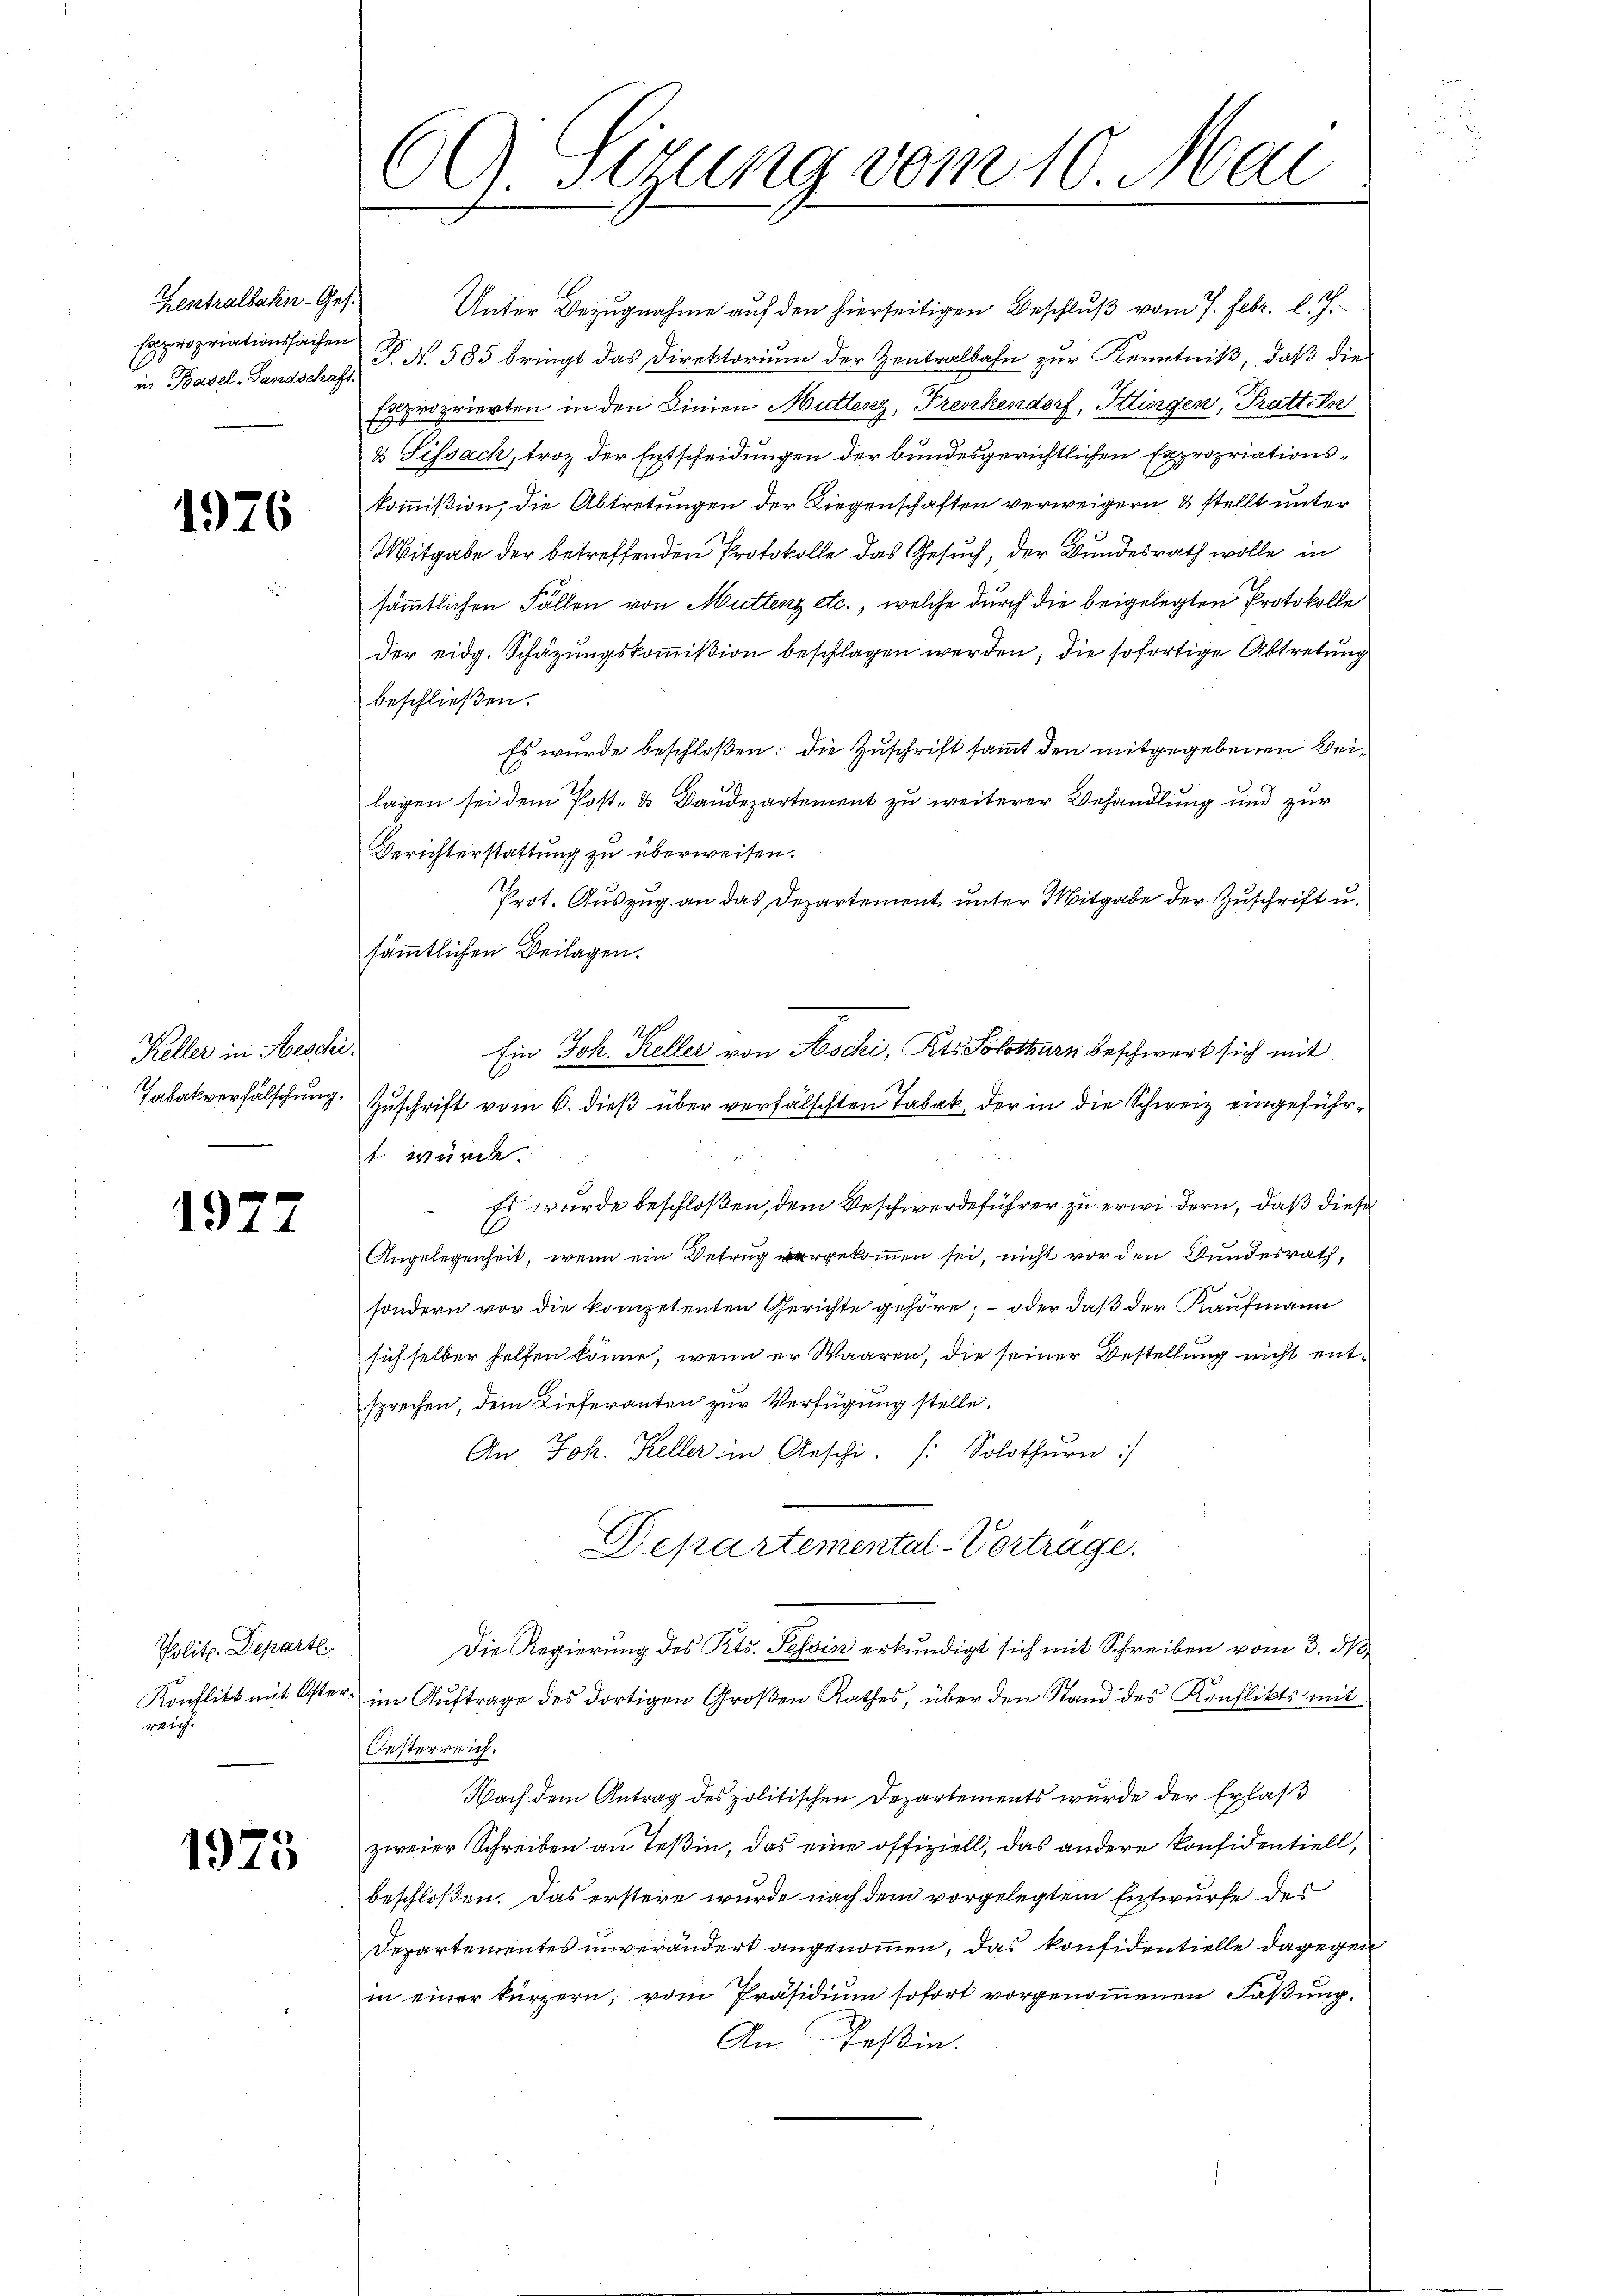
Expropriationsfachen
in Basel-Landschaft.

1926

Keller in Hesse
Tabakverfälschung.

1977

Polit. Depart
reich.

1975

Zentralbahn- Ges. Unter Bezugnahme auf den hierseitigen Beschlŭβ vom 7. Febr. l. J.
F No. 585 bringt das Direktorium der Zentralbahn zur Kenntniß, daß die
Exproprierten in den Dinien Muttenz, Frenkendorf, Ittingen, Pratteln
& Sissach, troz der Entscheidungen der bundesgerichtlichen Expropriationskommißion, die Abtretungen der Liegenschaften verweigern & stellt unter
Mitgabe der betreffenden Protokolle das Gesuch, der Bundesrath wolle in
sämmtlichen Fällen von Muttenz etc., welche durch die beigelegten Protokolle
der eidg. Schazungskommißion beschlagen werden, die sofortige Abtretung
beschließen.
Es wurde beschloßen: die Zuschrift sammt den mitgegebenen Beilagen sei dem Post- & Baudepartement zu weiterer Behandlung und zur
Berichterstattung zu überweisen.
Prot. Auszug an das Departement unter Mitgabe der Zuschrift u.
sämtlichen Beilagen.
Zŭschrift vom 6. dieß über verfälschten Tabak, der in die Schweiz eingeführt. würde.

Es wurde beschloßen, dem Beschwerdeführer zu erwidern, daß diese
Angelegenheit, wenn ein Betrug vorgekommen sei, nicht vor den Bundesrath,
sondern vor die kompetenten Gerichte gehöre; – oder daß der Kaufmann
sich selber helfen könne, wenn er Waaren, die seiner Bestellung nicht entsprechen, dem Lieferanten zur Verfügung stelle.
An Joh. Keller in Aeschi. /: Solothŭrn:/
Departemental-Vortrage.
Die Regierung des Kts. Tessin erkundigt sich mit Schreiben vom 3. ds
Konflikt mit Oster im Aŭftrage des dortigen Groβen Rathes, über den Stand des Konflikts mit
Oesterreich.
Nach dem Antrag des politischen Departements wurde der Erlaß
zweier Schreiben an Teßin, das eine offiziell, das andere Konsidentiell,
beschloßen. Das erstere wurde nach dem vorgelegtem Entwurfe des
Departementes unverändert angenommen, das konfidentielle dagegen
in einer kürzern, vom Präsidium sofort vorgenommenen Faßung.
An Teßin.

CGützung vom 10. Mai

1
Ein Joh. Keller von Aschi, Kts. Solothurn beschwert sich mit